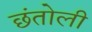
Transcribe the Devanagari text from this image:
छंतोली